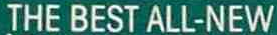
THE BEST ALL-NEW